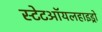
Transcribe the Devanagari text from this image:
स्टेटऑयलहाइड्रो